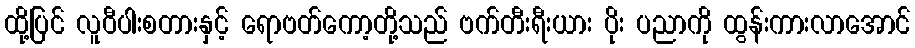
ထို့ပြင် လူဝီပါးစတားနှင့် ရောဗတ်ကော့တို့သည် ဗက်တီးရီးယား ပိုး ပညာကို ထွန်းကားလာအောင်